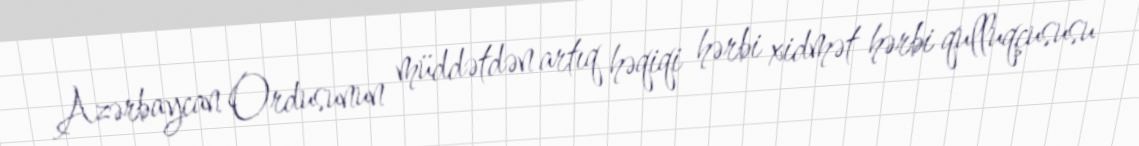
Azərbaycan Ordusunun müddətdən artıq həqiqi hərbi xidmət hərbi qulluqçususu